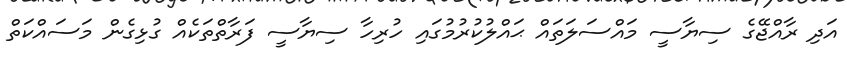
އަދި ރާއްޖޭގެ ސިޔާސީ މައްސަލަތައް ޙައްލުކުރުމުގައި ހުރިހާ ސިޔާސީ ފަރާތްތަކެއް ގުޅިގެން މަސައްކަތް